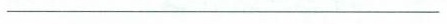
__________________